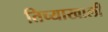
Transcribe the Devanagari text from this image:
तिच्याखाली